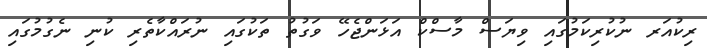
ރިކުއަރ ނުކުރިކަމުގައި ވިޔަސް މާސްކް އަޅަންޖެހޭ ވަގުތު ތަކުގައި ނުރައްކާތެރި ކުނި ނެގުމުގައި